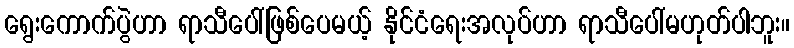
ရွေးကောက်ပွဲဟာ ရာသီပေါ်ဖြစ်ပေမယ့် နိုင်ငံရေးအလုပ်ဟာ ရာသီပေါ်မဟုတ်ပါဘူး။